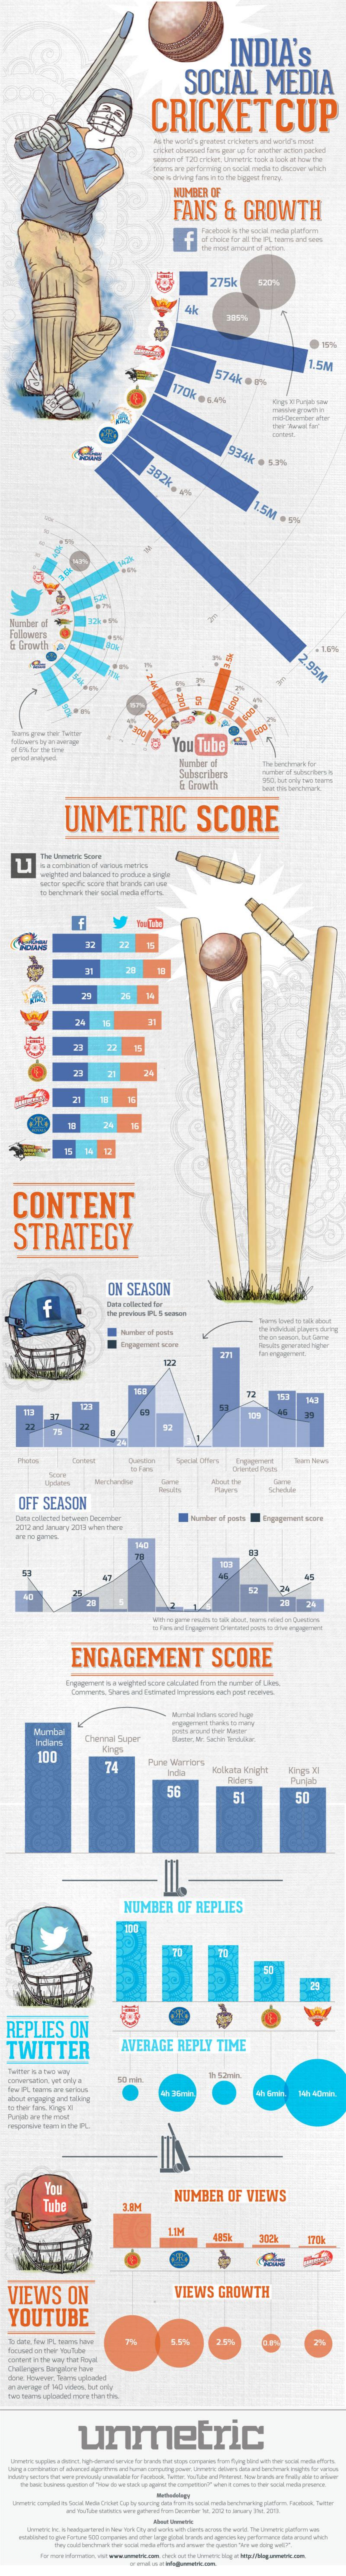
INDIA's
     SOCIAL    MEDIA
     CRICKETCUP
     aniof T20 cricket, Uniwetnic took a look at how the
     NUMBER   OF
     FANS    &    GROWTH
     f
     inost amount of action.
     275k
     Ak
     19%
     574k   ·  1%
     170k  -54
     934k    · 53%
     382k.
     .5M   - 9%
   Member  of
  Followers
     ,95M
     You    Tube&
     Number  of
     Subscribers
     & Growth
     UNMETRIC    SCORE
     +
     25    15
     71
     21
     15   14
    CONTENT
    STRATEGY
     f
     ON    SEASON
     33
     140
     75    22
     Oriented Pout
     OFF   SEASON
    250  ad Amay   200  whether
     ENGAGEMENT    SCORE
     Mumbai
     Chenel  Super
     100
     74    Purme Warriors
     Kol  kata Knight    Kings  21
     56
     Punjab
     51    50
     NUMBER    OF   REPLIES
  REPLIES    ON
  TWITTER    AVERAGE    REPLY    TIME
     Tube
     NUMBER    OF   VIEWS
     3AM
     11M    485k    31%
  VIEWS    ON    VIEWS    GROWTH
  YOUTUBE
  LaCOTE in the wy ther Royal
  thonwe. However, Wewere-uploaded
     unmetric